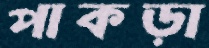
পাকড়া